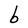
Character: b